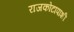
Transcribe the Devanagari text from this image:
राजकोटापाशी